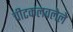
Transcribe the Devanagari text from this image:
चीटकलवलेले